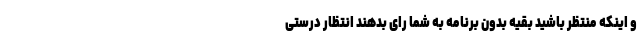
و اینکه منتظر باشید بقیه بدون برنامه به شما رای بدهند انتظار درستی